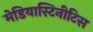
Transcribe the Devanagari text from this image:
मेडियास्टिनीटिस